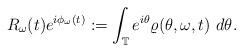
LaTeX: \begin{align*}R_{\omega}(t) e^{i\phi_{\omega}(t)} := \int_{\mathbb T} e^{i\theta} \varrho(\theta,\omega, t) ~ d\theta.\end{align*}